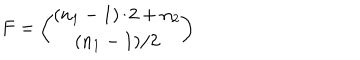
LaTeX: F = { \binom { ( n _ { 1 } - 1 ) / 2 + n _ { 2 } } { ( n _ { 1 } - 1 ) / 2 } }